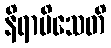
နိရာမိသေတိ